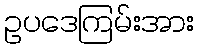
ဥပဒေကြမ်းအား